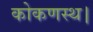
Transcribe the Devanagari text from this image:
कोकणस्थ।